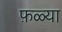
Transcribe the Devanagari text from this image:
फ़ळ्या